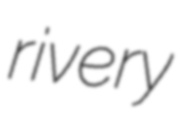
rivery